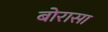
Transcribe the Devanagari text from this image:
बोरासा